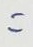
=